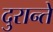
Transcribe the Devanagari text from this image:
दुरान्ते